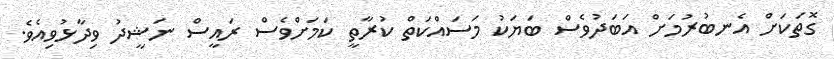
ގޮތަކަށް އެނބުރުމަށް އަބަދުވެސް ބަޔަކު މަސައްކަތް ކުރާތީ ކަމަށްވެސް ރައީސް ނަޝީދު ވިދާޅުވިއެވެ.